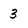
Character: 3